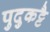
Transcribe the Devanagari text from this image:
पुदुकट्टै